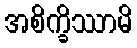
အစိက္ခိဿာမိ